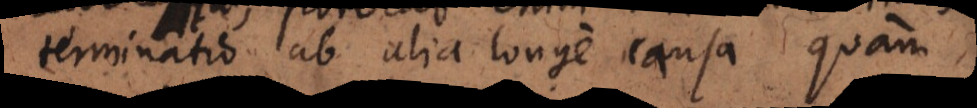
terminatio ab alia longe causa quam